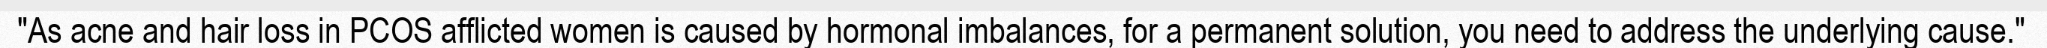
"As acne and hair loss in PCOS afflicted women is caused by hormonal imbalances, for a permanent solution, you need to address the underlying cause."